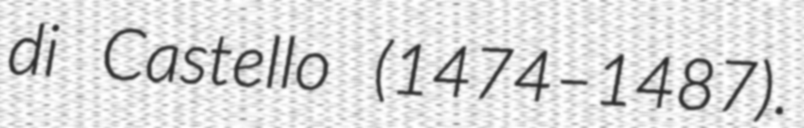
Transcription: di Castello (1474–1487).